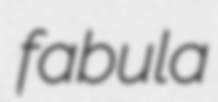
fabula